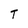
Character: T